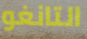
التانغو